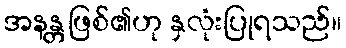
အနန္တဖြစ်၏ဟု နှလုံးပြုရသည်။